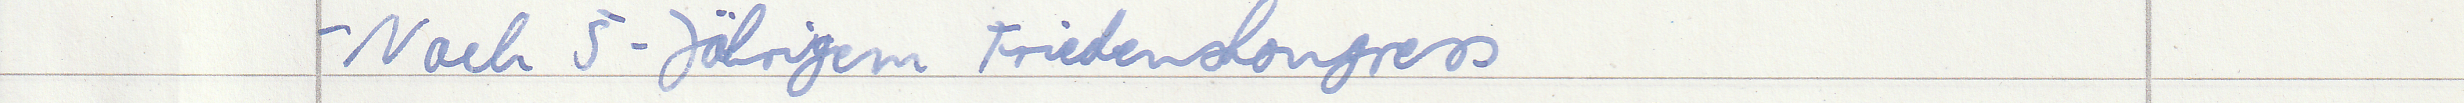
- Nach 5-Jährigem Friedenskongress